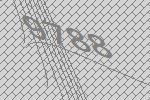
9788